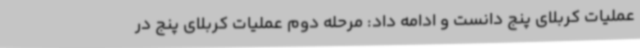
عملیات کربلای پنج دانست و ادامه داد: مرحله دوم عملیات کربلای پنج در